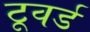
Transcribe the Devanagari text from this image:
टूवर्ड